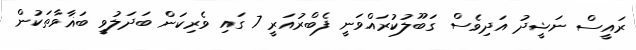
ރައީސް ނަޝީދު އަދިވެސް ގަބޫލުކުރައްވަނީ ފެބްރުއަރީ 7 ގައި ވެރިކަން ބަދަލުވީ ބަޣާވާތަކުން